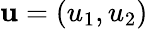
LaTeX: \mathbf{u}={\left({u}_{1},{u}_{2}\right)}